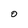
Character: O